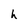
Character: h